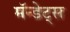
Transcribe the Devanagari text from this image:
मॅन्डेट्स